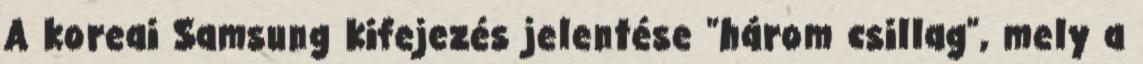
A koreai Samsung kifejezés jelentése "három csillag", mely a